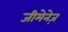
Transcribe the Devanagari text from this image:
जीमेनेज़